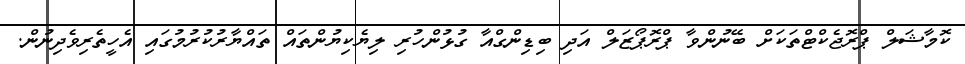
ކޮމާޝަލް ޕްރޮޖެކްޓްތަކަށް ބޭނުންވާ ޕްރޮޕޯޒަލް އަދި ބިޑިންގްއާ ގުޅުންހުރި ލިޔެކިޔުންތައް ތައްޔާރުކުރުމުގައި އެހީތެރިވެދިނުން.